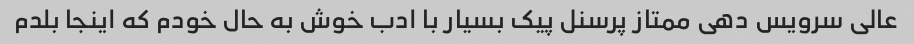
عالی سرویس دهی ممتاز پرسنل پیک بسیار با ادب خوش به حال خودم که اینجا بلدم